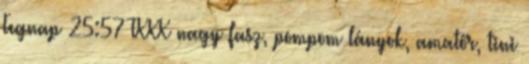
Tegnap 25:57 TXXX nagy fasz, pompom lányok, amatőr, tini